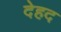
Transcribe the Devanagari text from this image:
देहद